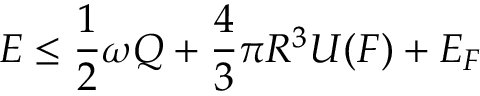
E \leq \frac { 1 } { 2 } \omega Q + \frac { 4 } { 3 } \pi R ^ { 3 } U ( F ) + E _ { F }